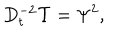
LaTeX: D _ { t } ^ { - 2 } \Upsilon = \Psi ^ { 2 } ,